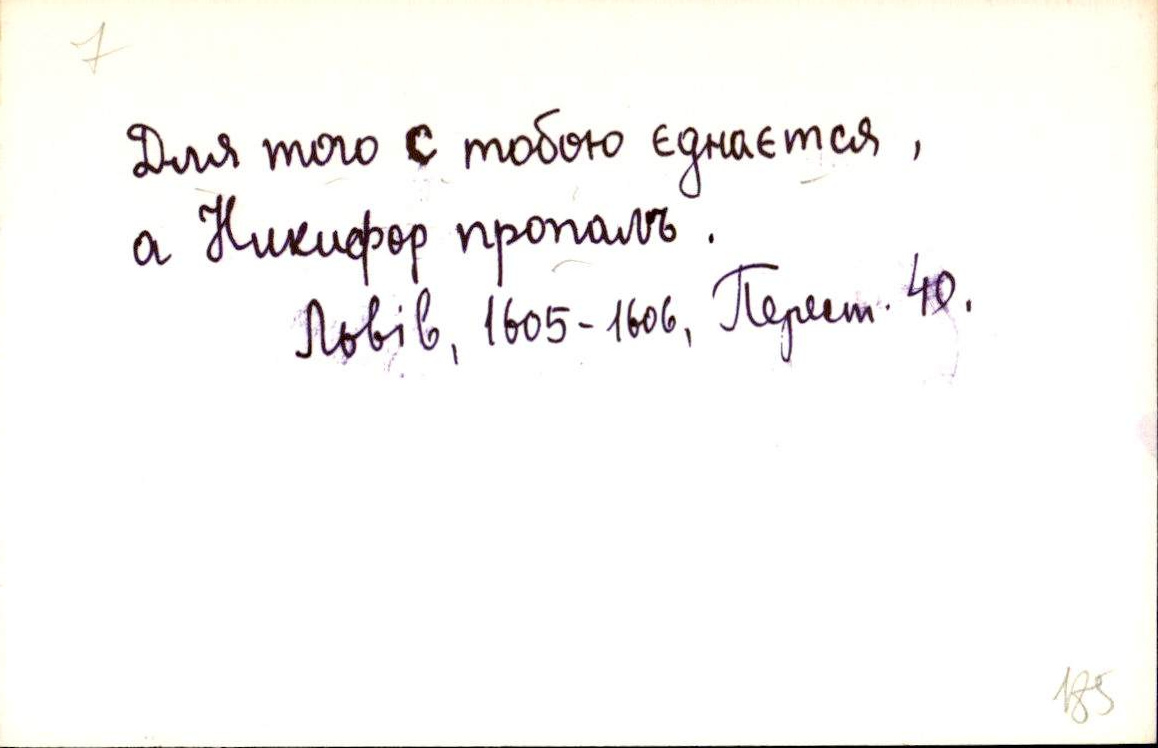
Для того с тобою єднаєтся,
а Никифор пропалъ.
Львів, 1605-1606, Перест. 40.